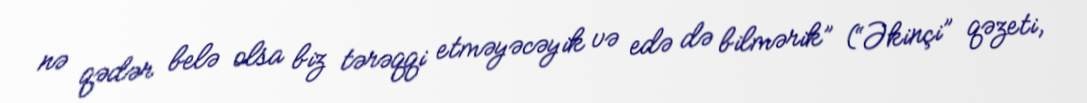
nə qədər belə olsa biz tərəqqi etməyəcəyik və edə də bilmərik” (“Əkinçi” qəzeti,